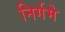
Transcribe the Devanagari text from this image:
निर्गमे